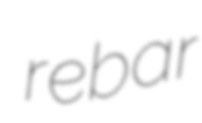
rebar